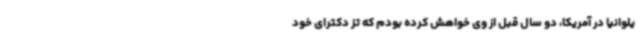
یلوانیا در آمریکا، دو سال قبل از وی خواهش کرده بودم که تز دکترای خود